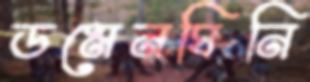
ডমেনঘিনি